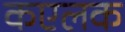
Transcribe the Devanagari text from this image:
कएलक